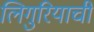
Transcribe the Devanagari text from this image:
लिगुरियाची